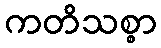
ကတိသစ္စာ